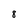
Character: 8